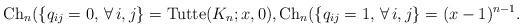
LaTeX: \begin{gather*}{\rm Ch}_n(\{q_{ij}=0, \, \forall\, i,j\}= {\rm Tutte}(K_n;x, 0), {\rm Ch}_n(\{q_{ij}=1, \,\forall\, i,j\} = (x-1)^{n-1}.\end{gather*}